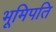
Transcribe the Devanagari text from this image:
भूमिपति